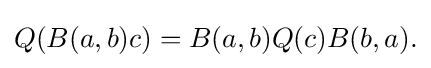
\displaystyle {Q(B(a,b)c)=B(a,b)Q(c)B(b,a).}